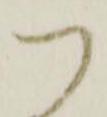
つ